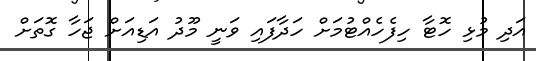
އަދި މުޅި ހޮޓާ ހިފެހެއްޓުމަށް ހަދާފައި ވަނީ މޫދު އަޑިއަށް ޖަހާ ގޮތަށް